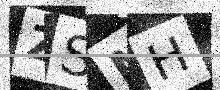
Text: ZSMH